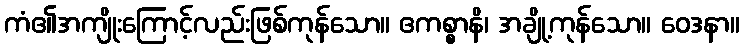
ကံ၏အကျိုးကြောင့်လည်းဖြစ်ကုန်သော။ ဧကစ္စာနိ၊ အချို့ကုန်သော။ ဝေဒနာ။